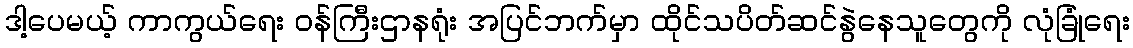
ဒါ့ပေမယ့် ကာကွယ်ရေး ဝန်ကြီးဌာနရုံး အပြင်ဘက်မှာ ထိုင်သပိတ်ဆင်နွဲနေသူတွေကို လုံခြုံရေး